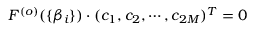
F ^ { ( o ) } ( \{ \beta _ { i } \} ) \cdot ( c _ { 1 } , c _ { 2 } , \cdots , c _ { 2 M } ) ^ { T } = 0